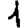
Digit: 1